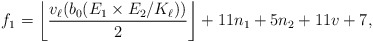
\begin{align*} f_1=\left\lfloor \frac{v_\ell(b_0(E_1 \times E_2/K_\ell))}{2} \right\rfloor+ 11n_1+5n_2+11v+7,\end{align*}